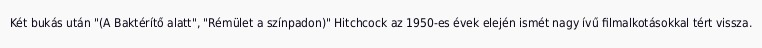
Két bukás után "(A Baktérítő alatt", "Rémület a színpadon)" Hitchcock az 1950-es évek elején ismét nagy ívű filmalkotásokkal tért vissza.